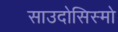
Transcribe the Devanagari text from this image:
साउदोसिस्मो